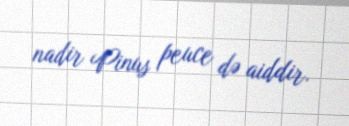
nadir Pinus peuce də aiddir.